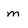
Character: m